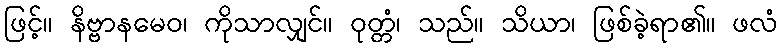
ဖြင့်။ နိဗ္ဗာနမေဝ၊ ကိုသာလျှင်။ ဝုတ္တံ၊ သည်။ သိယာ၊ ဖြစ်ခဲ့ရာ၏။ ဖလံ